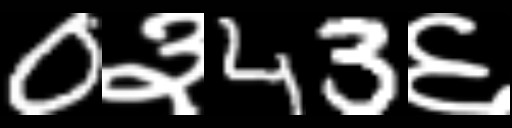
Text: 0३43६